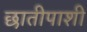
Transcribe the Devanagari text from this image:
छातीपाशी